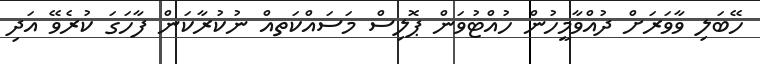
ހޭބަލި ވާވަރަށް ދުއްވާމީހުން ހުއްޓުވަން ޕޮލިސް މަސައްކަތއް ނުކުރާކަން ފާހަގަ ކުރެވޭ އަދި